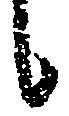
候